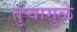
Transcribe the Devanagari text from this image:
तुर्‍यामुळे